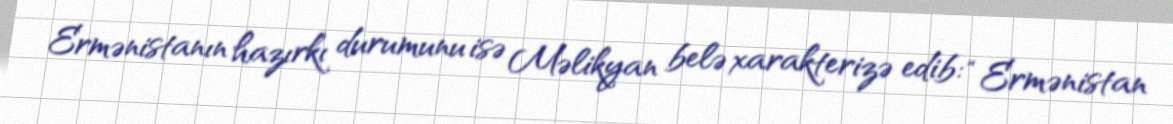
Ermənistanın hazırkı durumunu isə Məlikyan belə xarakterizə edib: “Ermənistan